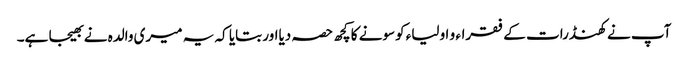
آپ نے کھنڈرات کے فقراء و اولیاء کوسونے کا کچھ حصہ دیااور بتایا کہ یہ میری والدہ نے بھیجا ہے۔